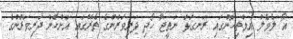
އޯ ލެވެލް އިމްތިހާނުގައި ރަނގަޅު ނަތީޖާ ހޯދި ދަރިވަރުންގެ ތެރޭގައި އަންހެން ދަރިވަރުންގެ